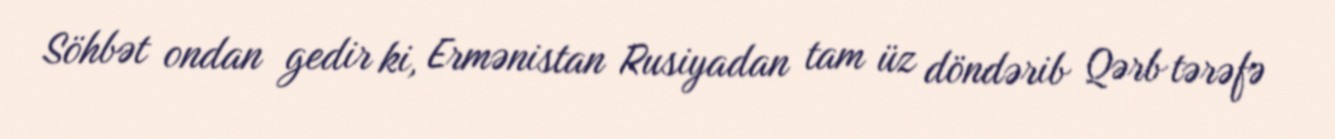
Söhbət ondan gedir ki, Ermənistan Rusiyadan tam üz döndərib Qərb tərəfə